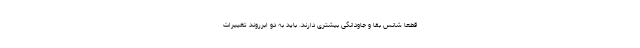
قطعا شانس بقا و جاودانگی بیشتری دارند. باید به دو ابرروند تغییرات